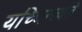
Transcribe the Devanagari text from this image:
यच्चिन्त्यते